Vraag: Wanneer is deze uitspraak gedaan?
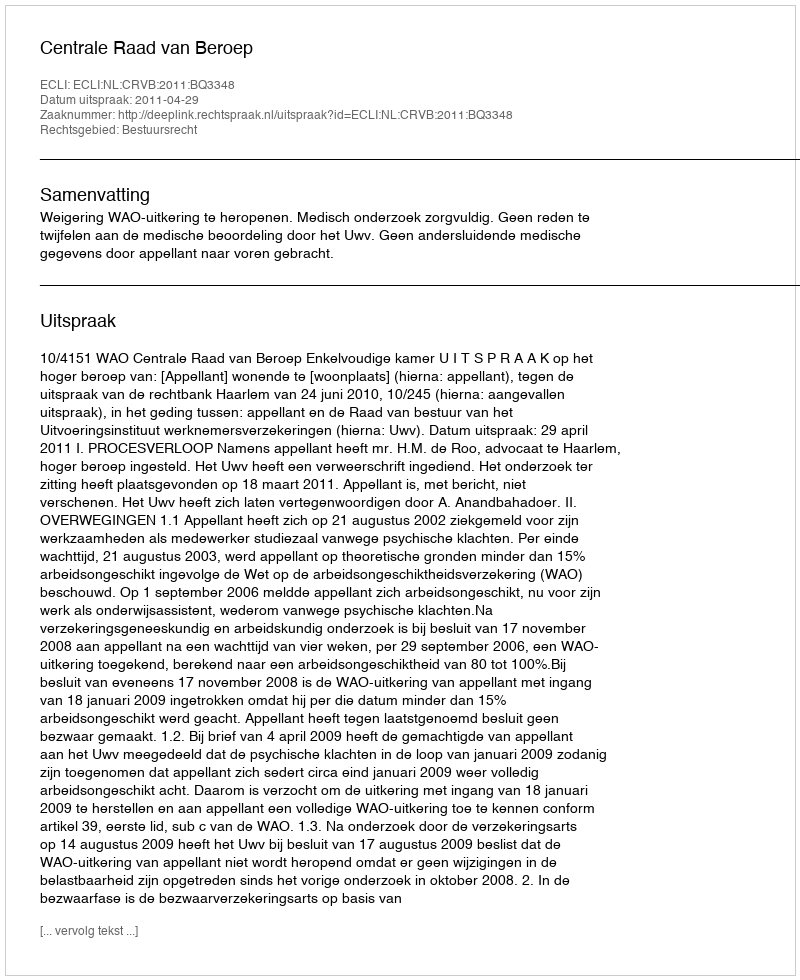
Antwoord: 2011-04-29